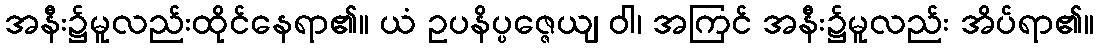
အနီး၌မူလည်းထိုင်နေရာ၏။ ယံ ဥပနိပ္ပဇ္ဇေယျ ဝါ၊ အကြင် အနီး၌မူလည်း အိပ်ရာ၏။